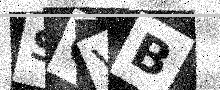
Text: SOVB